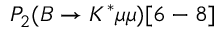
P _ { 2 } ( B \to K ^ { * } \mu \mu ) [ 6 - 8 ]